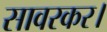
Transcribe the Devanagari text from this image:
सावरकर।